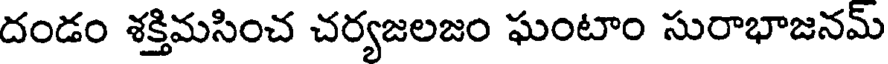
దండం శక్తిమసించ చర్యజలజం ఘంటాం సురాభాజనమ్